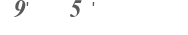
١٩٨